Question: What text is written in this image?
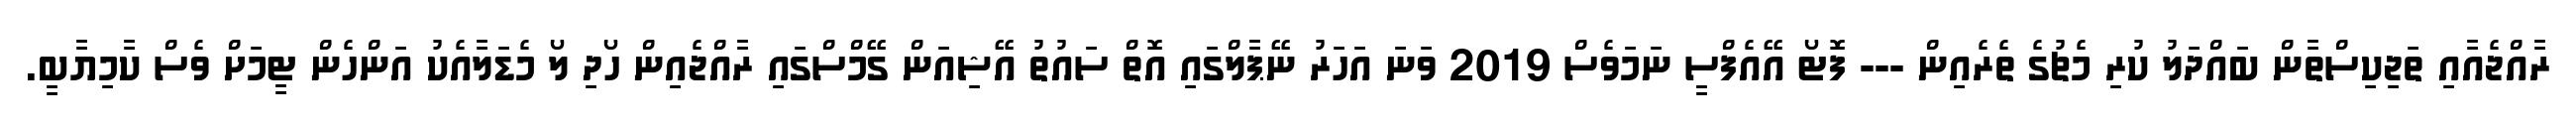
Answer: ރާއްޖެއާއި ތަޖިކިސްތާން ބައްދަލު ކުރި މެޗުގެ ތެރެއިން --- ފޮޓޯ އޭއެފްސީ ނަމަވެސް 2019 ވަނަ އަހަރު ނޭޕާލްގައި އޮތް ސައުތު އޭޝިއަން ގޭމްސްގައި ރާއްޖެއިން ހޯދި ލޯ މެޑަލާއެކު އަންހެން ޓީމަށް ވެސް ކާމިޔާބީ.